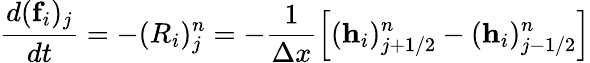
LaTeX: \frac{d(\textbf{f}_{i})_{j}}{dt}=-(R_{i})_{j}^{n}=-\frac{1}{\Delta x}\left[(\textbf{h}_{i})_{j+1/2}^{n}-(\textbf{h}_{i})_{j-1/2}^{n}\right]